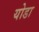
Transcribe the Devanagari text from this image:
योडा